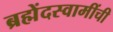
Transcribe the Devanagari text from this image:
ब्रह्मेंदस्वामींची